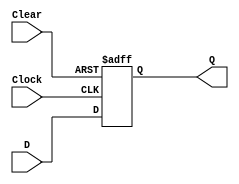
module d_ff_async_clear (
    input D,
    input Clock,
    input Clear,
    output reg Q
);

always @(posedge Clock or posedge Clear)
begin
    if (Clear)
        Q <= 1'b0;
    else
        Q <= D;
end

endmodule